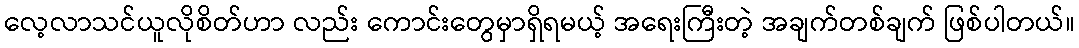
လေ့လာသင်ယူလိုစိတ်ဟာ လည်း ကောင်းတွေမှာရှိရမယ့် အရေးကြီးတဲ့ အချက်တစ်ချက် ဖြစ်ပါတယ်။